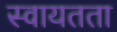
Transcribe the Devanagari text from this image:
स्‍वायतता